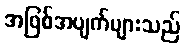
အဖြစ်အပျက်များသည်